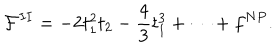
LaTeX: { \cal F } ^ { I I } = - 2 t _ { 1 } ^ { 2 } t _ { 2 } - \frac { 4 } { 3 } t _ { 1 } ^ { 3 } + \dots + f ^ { N P } .